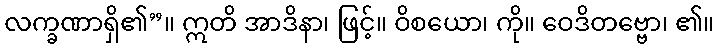
လက္ခဏာရှိ၏”။ ဣတိ အာဒိနာ၊ ဖြင့်။ ဝိစယော၊ ကို။ ဝေဒိတဗ္ဗော၊ ၏။